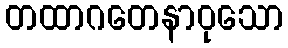
တထာဂတေနာဝုသော